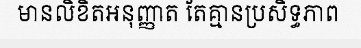
មានលិខិតអនុញ្ញាត តែគ្មានប្រសិទ្ធភាព